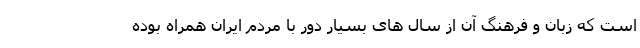
است که زبان و فرهنگِ آن از سال های بسیار دور با مردم ایران همراه بوده